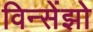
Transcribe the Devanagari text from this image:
विन्सेंझो